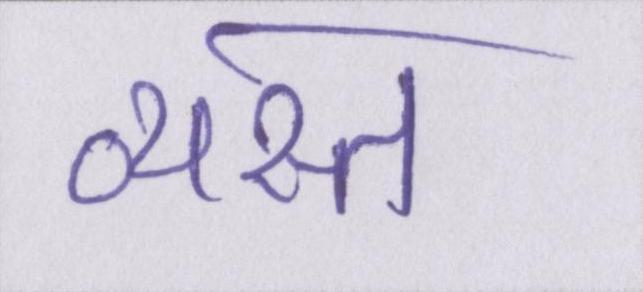
व्यस्त